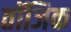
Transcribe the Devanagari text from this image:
तॉजिक